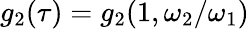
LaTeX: g_{2}(\tau)=g_{2}(1,\omega_{2}/\omega_{1})